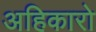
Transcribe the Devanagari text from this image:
अहिकारो